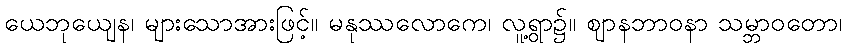
ယေဘုယျေန၊ များသောအားဖြင့်။ မနုဿလောကေ၊ လူ့ရွာ၌။ ဈာနဘာဝနာ သမ္ဘာဝတော၊